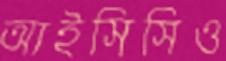
আইসিসিও